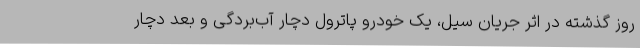
روز گذشته در اثر جریان سیل، یک خودرو پاترول دچار آب‌بردگی و بعد دچار